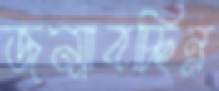
জন্মাবচ্ছিন্ন